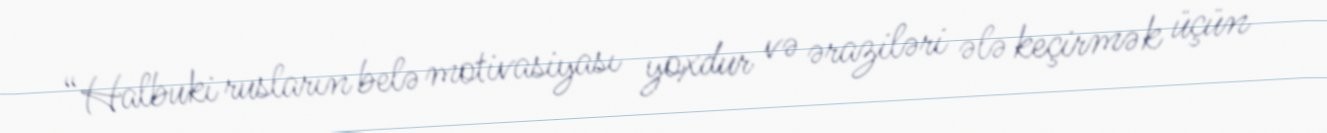
“Halbuki rusların belə motivasiyası yoxdur və əraziləri ələ keçirmək üçün